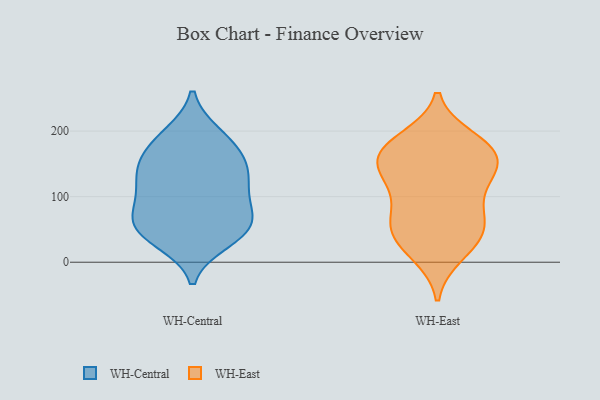
{"axis": {"x": "Satisfaction Score", "y": "Value"}, "legend": ["WH-Central", "WH-East"], "data": [{"x": "", "y": 136, "type": "WH-Central"}, {"x": "", "y": 124, "type": "WH-Central"}, {"x": "", "y": 195, "type": "WH-Central"}, {"x": "", "y": 114, "type": "WH-Central"}, {"x": "", "y": 95, "type": "WH-Central"}, {"x": "", "y": 58, "type": "WH-Central"}, {"x": "", "y": 196, "type": "WH-Central"}, {"x": "", "y": 159, "type": "WH-Central"}, {"x": "", "y": 154, "type": "WH-Central"}, {"x": "", "y": 54, "type": "WH-Central"}, {"x": "", "y": 152, "type": "WH-Central"}, {"x": "", "y": 178, "type": "WH-Central"}, {"x": "", "y": 67, "type": "WH-Central"}, {"x": "", "y": 117, "type": "WH-Central"}, {"x": "", "y": 34, "type": "WH-Central"}, {"x": "", "y": 42, "type": "WH-Central"}, {"x": "", "y": 66, "type": "WH-Central"}, {"x": "", "y": 78, "type": "WH-Central"}, {"x": "", "y": 31, "type": "WH-Central"}, {"x": "", "y": 148, "type": "WH-East"}, {"x": "", "y": 122, "type": "WH-East"}, {"x": "", "y": 170, "type": "WH-East"}, {"x": "", "y": 124, "type": "WH-East"}, {"x": "", "y": 63, "type": "WH-East"}, {"x": "", "y": 71, "type": "WH-East"}, {"x": "", "y": 12, "type": "WH-East"}, {"x": "", "y": 20, "type": "WH-East"}, {"x": "", "y": 188, "type": "WH-East"}, {"x": "", "y": 157, "type": "WH-East"}, {"x": "", "y": 52, "type": "WH-East"}, {"x": "", "y": 137, "type": "WH-East"}, {"x": "", "y": 183, "type": "WH-East"}, {"x": "", "y": 47, "type": "WH-East"}, {"x": "", "y": 167, "type": "WH-East"}, {"x": "", "y": 167, "type": "WH-East"}, {"x": "", "y": 45, "type": "WH-East"}, {"x": "", "y": 97, "type": "WH-East"}]}